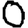
Digit: 0